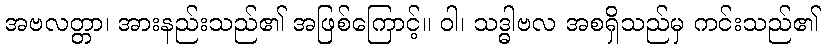
အဗလတ္တာ၊ အားနည်းသည်၏ အဖြစ်ကြောင့်။ ဝါ၊ သဒ္ဓါဗလ အစရှိသည်မှ ကင်းသည်၏